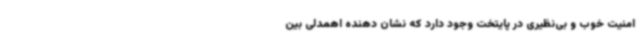
امنیت خوب و بی‌نظیری در پایتخت وجود دارد که نشان دهنده اهمدلی بین